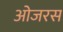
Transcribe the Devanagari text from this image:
ओजरस